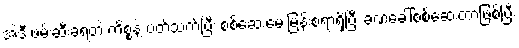
အဲ့ဒီ ဖမ်းဆီးခံရတဲ့ ကိစ္စနဲ့ ပတ်သက်ပြီး စစ်ဆေးမေးမြန်းစရာရှိပြီး ခဏခေါ်စစ်ဆေးတာဖြစ်ပြီး